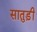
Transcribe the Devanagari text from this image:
सातुड़ी